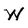
Character: W